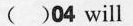
( )04will